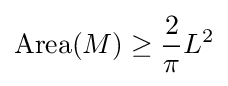
\operatorname {Area} (M)\geq {\frac {2}{\pi }}L^{2}